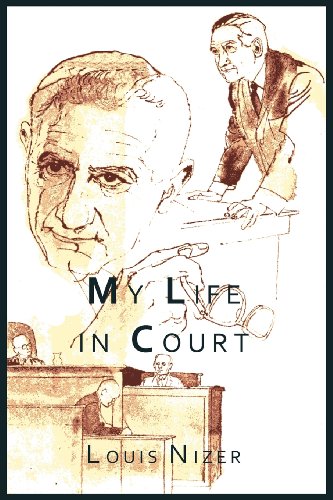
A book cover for My Life in Court; Louis Nizer; Law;